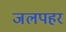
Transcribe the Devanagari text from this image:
जलपहर